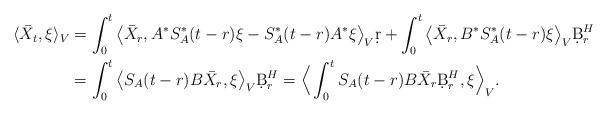
LaTeX: \begin{align*}\langle \bar X_t,\xi\rangle_V &= \int_0^t \big\langle\bar X_r,A^*S_A^*(t-r)\xi-S_A^*(t-r)A^*\xi\big\rangle_V \d r + \int_0^t\big\langle \bar X_r,B^*S_A^*(t-r)\xi\big\rangle_V\d B^H_r\\&= \int_0^t\big\langle S_A(t-r)B\bar X_r,\xi\big\rangle_V\d B^H_r= \Big\langle\int_0^t S_A(t-r)B\bar X_r\d B^H_r,\xi\Big\rangle_V.\end{align*}